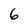
Character: 6